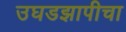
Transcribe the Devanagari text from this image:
उघडझापीचा